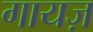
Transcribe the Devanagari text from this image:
गायज़